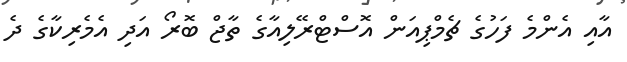
އާއި އެންމެ ފަހުގެ ޗެމްޕިއަން އޮސްޓްރޭލިއާގެ ތާޖް ބޮރޯ އަދި އެމެރިކާގެ ދެ